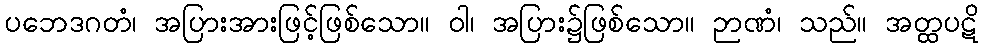
ပဘေဒဂတံ၊ အပြားအားဖြင့်ဖြစ်သော။ ဝါ၊ အပြား၌ဖြစ်သော။ ဉာဏံ၊ သည်။ အတ္ထပဋိ